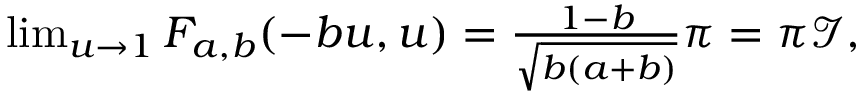
\begin{array} { r } { \operatorname* { l i m } _ { u \rightarrow 1 } F _ { a , b } ( - b u , u ) = \frac { 1 - b } { \sqrt { b ( a + b ) } } \pi = \pi \mathcal { I } , } \end{array}